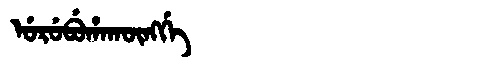
Manchu: ᡠᡵᡠᠪᡠᡥᠠᡴᡡᠩᡤᡝ
Romanization: URUBUHAKŪNGGE